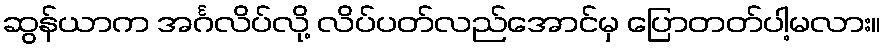
ဆွန်ယာက အင်္ဂလိပ်လို့ လိပ်ပတ်လည်အောင်မှ ပြောတတ်ပါ့မလား။